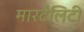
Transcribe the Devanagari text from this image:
मारटैलिटी